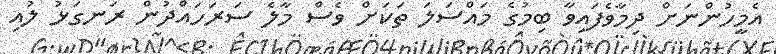
އެމީހުންނަށް ދިމާވެފައިވާ ބިމުގެ މައްސަލަ ތަކަށް ވެސް މާލެ ސަރަހައްދުން ރަނގަޅު ލުއި